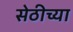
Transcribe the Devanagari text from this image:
सेठीच्या